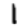
Digit: 1